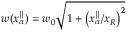
w ( x _ { \alpha } ^ { \parallel } ) = w _ { 0 } \sqrt { 1 + \left( x _ { \alpha } ^ { \parallel } / x _ { R } \right) ^ { 2 } }